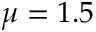
\mu = 1 . 5